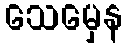
သေမှေန